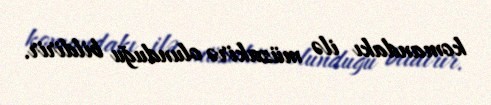
komandakı ilə müzakirə olunduğu bildirir.